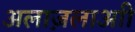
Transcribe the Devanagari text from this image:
अलाज़लाआी